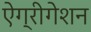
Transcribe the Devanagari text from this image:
ऐग्रीगेशन